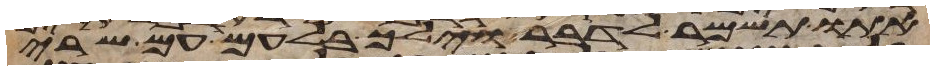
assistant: אתו תשמר לדבר וילך בלעם עם שרי